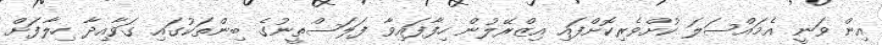
އިން ވަނީ އެމައްސަލަ ކުށްވެރިކޮށްފައި އިޒްރޭލުން ހިފާފައިވާ ފަލަސްތީނުގެ ބިންތަކުގައި ގަވާއިދާ ހިލާފަށް